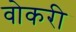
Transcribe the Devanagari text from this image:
वोकरी